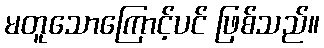
မတူသောကြောင့်ပင် ဖြစ်သည်။